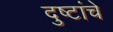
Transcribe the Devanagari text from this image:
दुष्टांचे